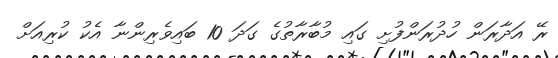
ރޭ އަދާރަން ހުދުރަންފުށި ގައި މުބާރާތުގެ ގަދަ 10 ބައިވެރިންނާ އެކު ކުރިއަށް